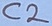
Text: C2